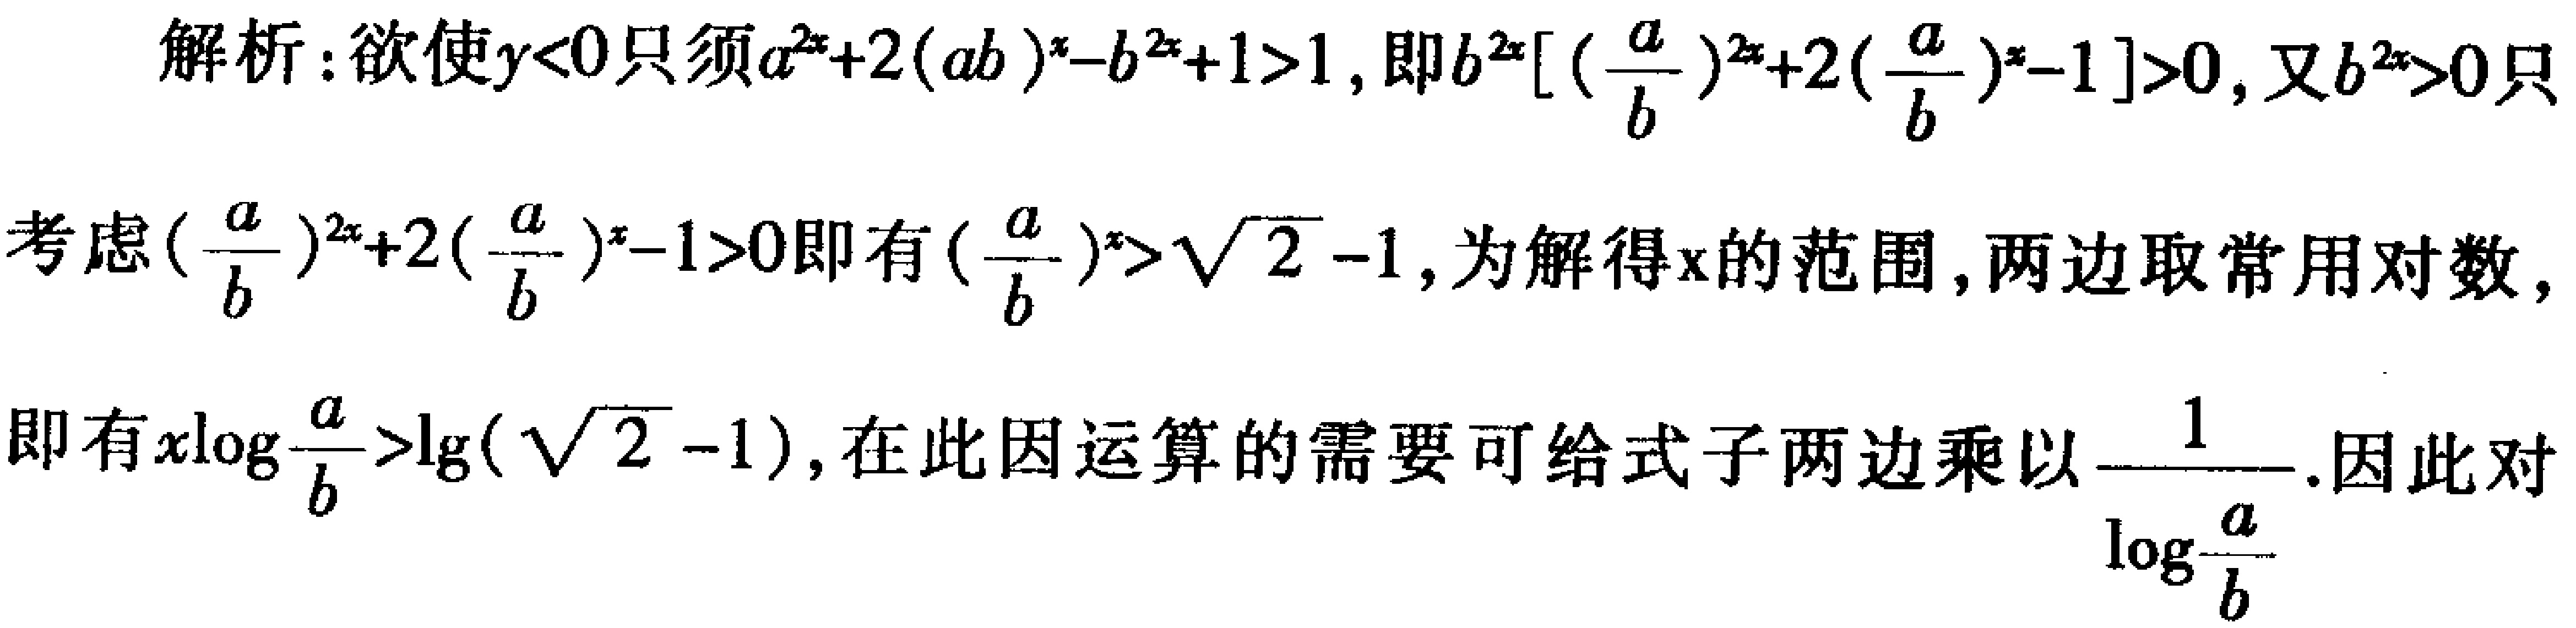
解析：欲使\(y<0\)只须\(a^{2x}+2(ab)^{x}-b^{2x}+1>1\)，即\(b^{2x}[(\frac{a}{b})^{2x}+2(\frac{a}{b})^{x}-1]>0\)，又\(b^{2x}>0\)只
考虑\((\frac{a}{b})^{2x}+2(\frac{a}{b})^{x}-1>0\)即有\((\frac{a}{b})^{x}>\sqrt{2}-1\)，为解得\(x\)的范围，两边取常用对数，
即有\(x\log\frac{a}{b}>\lg(\sqrt{2}-1)\)，在此因运算的需要可给式子两边乘以\(\frac{1}{\log\frac{a}{b}}\).因此对